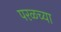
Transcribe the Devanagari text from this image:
परळच्या